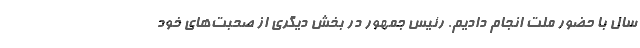
سال با حضور ملت انجام دادیم. رئیس جمهور در بخش دیگری از صحبت‌های خود